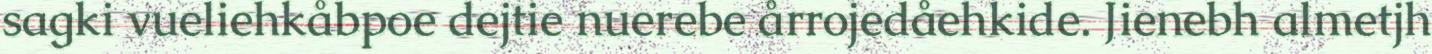
sagki vueliehkåbpoe dejtie nuerebe årrojedåehkide. Jienebh almetjh